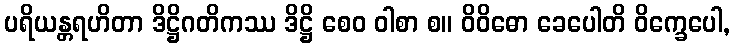
ပရိယန္တရဟိတာ ဒိဋ္ဌိဂတိကဿ ဒိဋ္ဌိ စေဝ ဝါစာ စ။ ဝိဝိဓော ခေပေါတိ ဝိက္ခေပေါ,